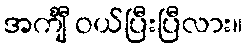
အင်္ကျီ ဝယ်ပြီးပြီလား။